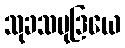
သုခသမုဒြယေ